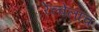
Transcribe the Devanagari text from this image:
रेल्वेलाच